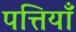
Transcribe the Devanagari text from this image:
पत्तियॉँ